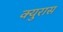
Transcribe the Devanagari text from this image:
क्युरास